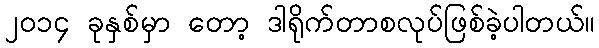
၂ဝ၁၄ ခုနှစ်မှာ တော့ ဒါရိုက်တာစလုပ်ဖြစ်ခဲ့ပါတယ်။